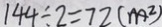
1 4 4 \div 2 = 7 2 ( m ^ { 2 } )